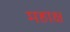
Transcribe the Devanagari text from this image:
महाक्ष